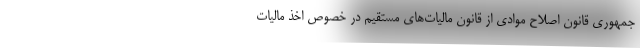
جمهوری قانون اصلاح موادی از قانون مالیات‌های مستقیم در خصوص اخذ مالیات